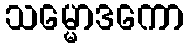
သမ္မောဒကော